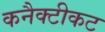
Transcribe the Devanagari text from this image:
कनैक्टीकट